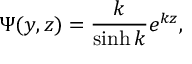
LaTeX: \Psi ( y , z ) = { \frac { k } { \sinh k } } e ^ { k z } ,